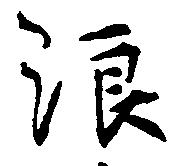
浪